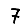
Digit: 7